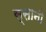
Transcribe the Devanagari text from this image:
स्सानी